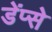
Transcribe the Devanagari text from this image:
डेंप्से